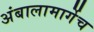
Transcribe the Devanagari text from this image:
अंबालामार्गेच